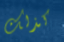
كذلك